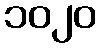
၁၀၂၀